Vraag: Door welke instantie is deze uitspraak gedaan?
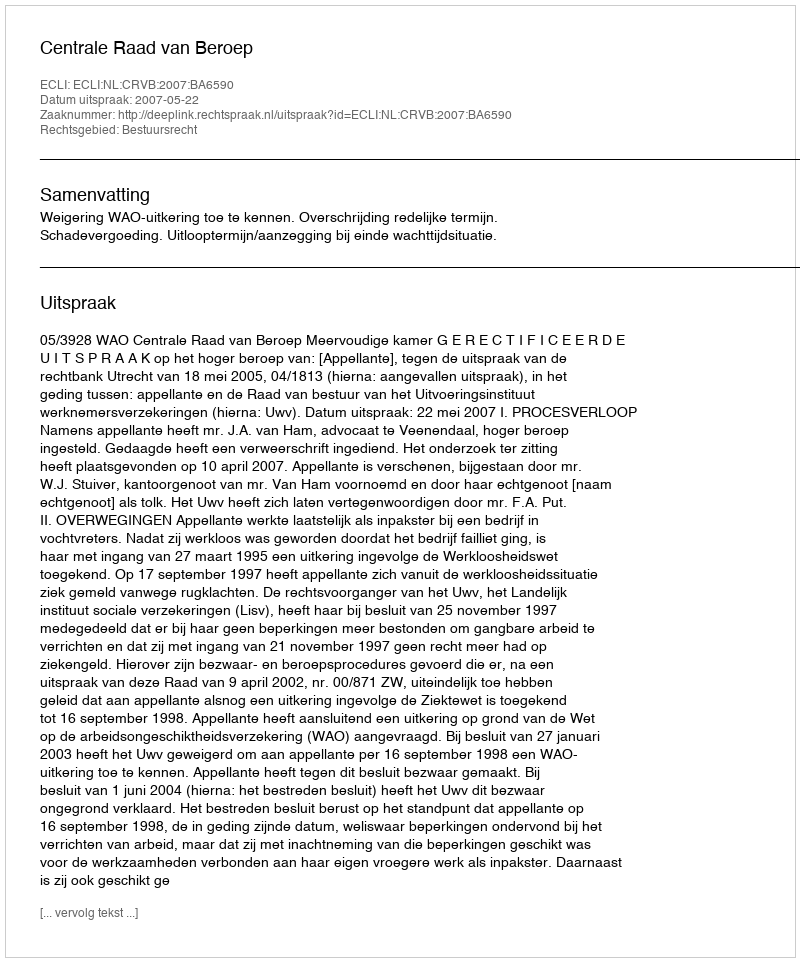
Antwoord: Centrale Raad van Beroep